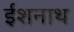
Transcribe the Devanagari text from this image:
ईशनाथ